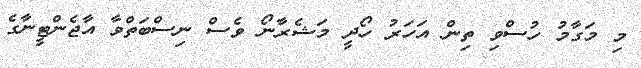
މި މަގާމު ހުސްވި ތިން އަހަރު ހޯދީ މަޝެރާނޯ ވެސް ނިސްބަތްވާ އާޖެންޓީނާގެ